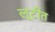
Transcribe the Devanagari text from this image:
लूटीत